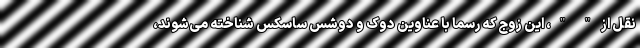
نقل از " "، این زوج که رسما با عناوین دوک و دوشس ساسکس شناخته می‌شوند،